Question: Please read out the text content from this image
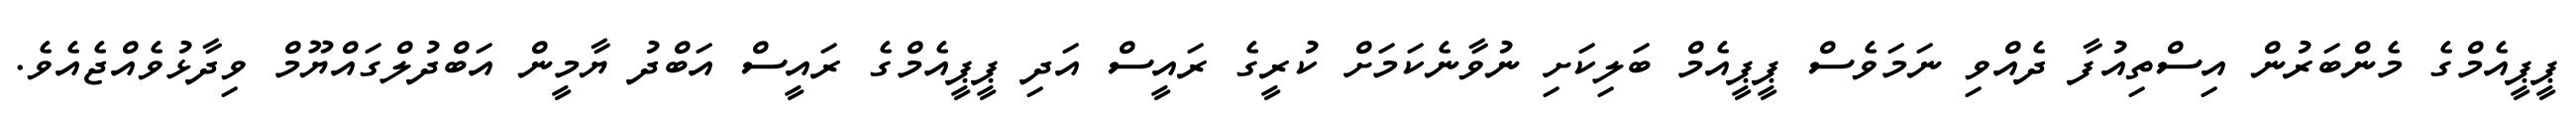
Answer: ޕީޕީއެމްގެ މެންބަރުން އިސްތިއުފާ ދެއްވި ނަމަވެސް ޕީޕީއެމް ބަލިކަށި ނުވާނެކަމަށް ކުރީގެ ރައީސް އަދި ޕީޕީއެމްގެ ރައީސް އަބްދު ޔާމީން އަބްދުލްގައްޔޫމް ވިދާޅުވެއްޖެއެވެ.